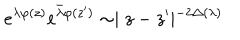
LaTeX: e ^ { \lambda \varphi ( z ) } e ^ { \bar { \lambda } \varphi ( z ^ { \prime } ) } \sim \mid z - z ^ { \prime } \mid ^ { - 2 \Delta ( \lambda ) }